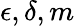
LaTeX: \epsilon,\delta,m